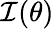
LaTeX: {\cal{I}}(\theta)